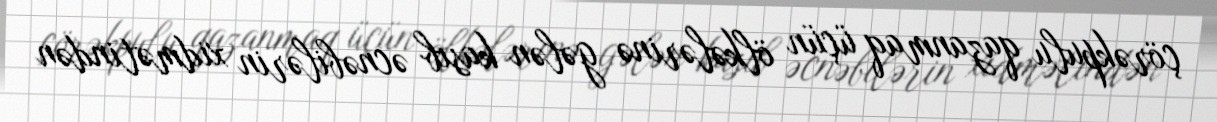
çörəkpulu qazanmaq üçün ölkələrinə gələn kasıb əcnəbilərin xidmətindən